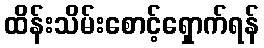
ထိန်းသိမ်းစောင့်ရှောက်ရန်